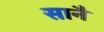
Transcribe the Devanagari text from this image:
सानै